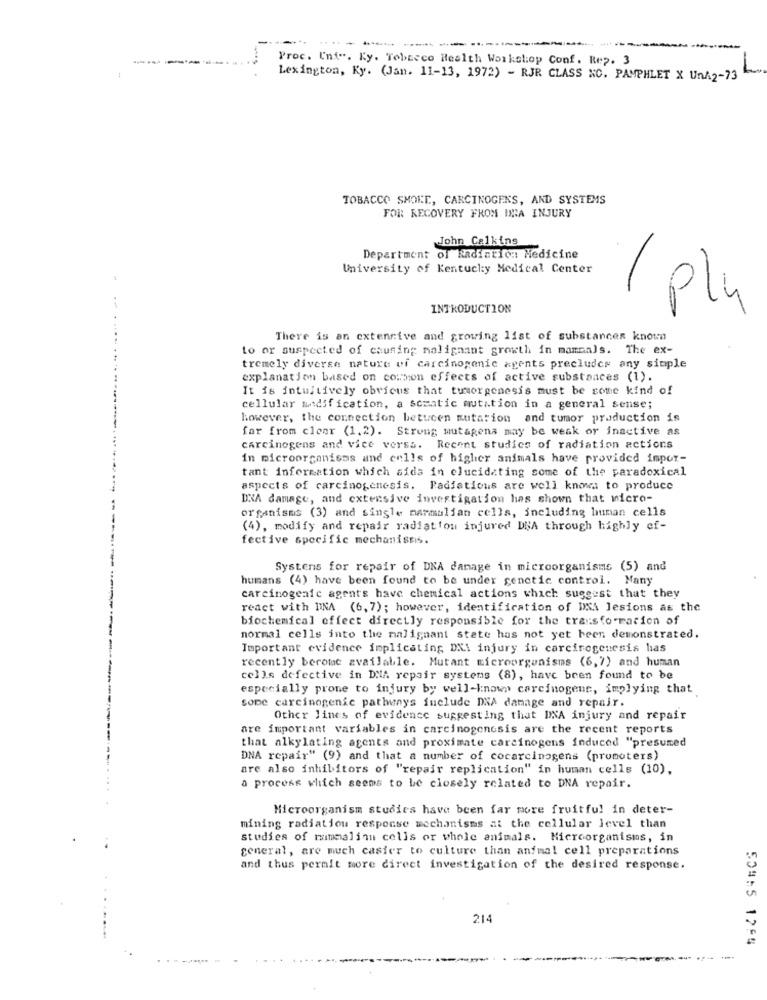
-
-------.
Proc. Uni". Ky. Tobacco Health Workshop Conf. Rep. 3
Lexington, Ky. (Jan. 11-13, 1972) - RJR CLASS NO. PAMPHLET X UNA2-73
TOBACCO SMOKE, CARCINOGENS, AND SYSTEMS
FOR RECOVERY FROM INA INJURY
John Calkins
Department of Radiation: Medicine
University of Kentucky Medical Center
1
INTRODUCTION
1 plu
There is an extensive and growing list of substances known
to or suspected of causing malignant growth in mammals. The ex-
tremely diverse nature of carcinogenic agents precludes any simple
explanation based on common effects of active substances (1).
It is intuitively obricus that tumorgenesis must be some kind of
cellular modification, a somatic mutation in a general sense;
however, the connection betucen mutation and tumor production is
far from cleer (1.2). Strong mutagena may be weak or inactive as
carcinogens and vice versa. Recent studies of radiation actions
in microorganisms and enlls of higher animals have provided impor-
tant information which aids in elucidating some of the paradoxical
aspects of carcinogenesis. Padiatious are well known to produce
DNA damage, and extensive investigation has shown that micro-
organisms (3) and single mammalian cells, including human cells
(4), modify and repair radiation injured DNA through highly ef-
fective specific mechanisms.
Systems for repair of DNA damage in microorganisms (5) and
humans (4) have been found to be under genetic control. Many
carcinogenic agents have chemical actions which suggest that they
react with DINA (6, 7); however, identification of DNA lesions as the
biochemical effect directly responsible for the transformation of
normal cells into the malignant state has not yet been demonstrated.
Important evidence implicating DX1 injury in carcinogenesis has
recently become available. Mutant microorganisms (6,7) and human
cells defective in DNA repair systems (8), have been found to be
especially prone to injury by well-known carcinogens, implying that
some carcinogenic pathways include DNA damage and repair.
Other lines of evidence suggesting that DNA injury and repair
are important variables in carcinogenesis are the recent reports
that alkylating agents and proximate carcinogens induced "presumed
DNA repair" (9) and that a number of cocarcinogens (promoters)
are also inhibitors of "repair replication" in human cells (10),
a process which seems to be closely related to DNA repair.
Microorganism studies have been far more fruitful in deter-
mining radiation response mechanisms at the cellular level than
studies of mmmalinu cells or whole animals. Microorganisms, in
general, are much casier to culture than anfmal cell preparations
and thus permit more direct investigation of the desired response.
214
504:5 1255